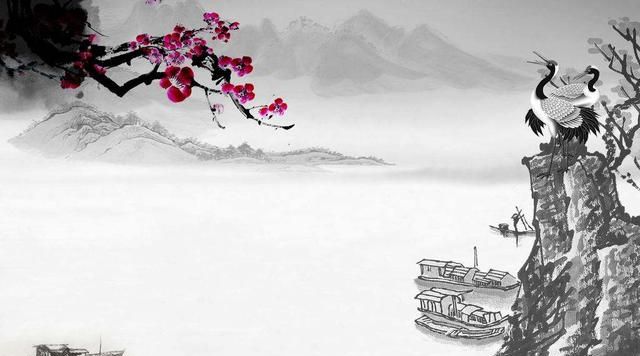
试问岭南应不好，却道此心安处是吾乡。